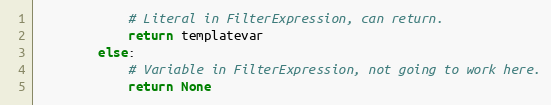
Language: Python
            # Literal in FilterExpression, can return.
            return templatevar
        else:
            # Variable in FilterExpression, not going to work here.
            return None